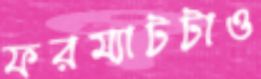
ফরম্যাটটাও